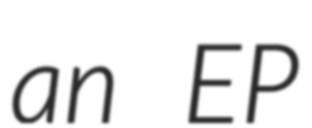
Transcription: an EP